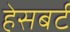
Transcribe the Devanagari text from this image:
हेसबर्ट